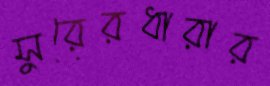
সুরেরধারার